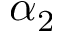
\alpha _ { 2 }